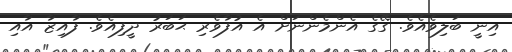
އިނީ ބަލިވެއެވެ. ގޭގެ އެންމެންނަށް އެ އުފާވެރި ޙަބަރު ދީފިއެވެ. ފާއިޒާ އާއި